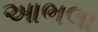
આભલા